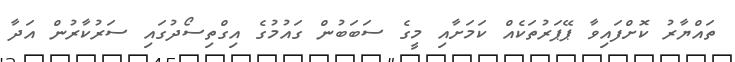
ތައްޔާރުު ކޮށްފައިވާ ޕޭޕަރުތަކެއް ކަމަށާއި މީގެ ސަބަބުން ގައުމުގެ އިގްތިސޯދުގައި ސަރުކާރުން އަދާ